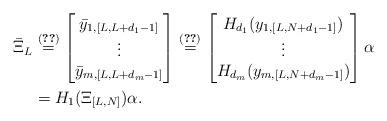
LaTeX: \begin{align*}\bar{\Xi}_L &\stackrel{\eqref{Xi}}{=} \begin{bmatrix}\bar{y}_{1,[L,L+d_1-1]} \\ \vdots \\ \bar{y}_{m,[L,L+d_m-1]}\end{bmatrix} \stackrel{\eqref{last_di_outputs}}{=} \begin{bmatrix}H_{d_1}(y_{1,[L,N+d_1-1]})\\ \vdots \\ H_{d_m}(y_{m,[L,N+d_m-1]})\end{bmatrix}\alpha\\& = H_1(\Xi_{[L,N]})\alpha.\end{align*}